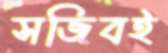
সজিবই